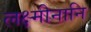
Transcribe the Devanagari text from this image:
लक्ष्मीनानि